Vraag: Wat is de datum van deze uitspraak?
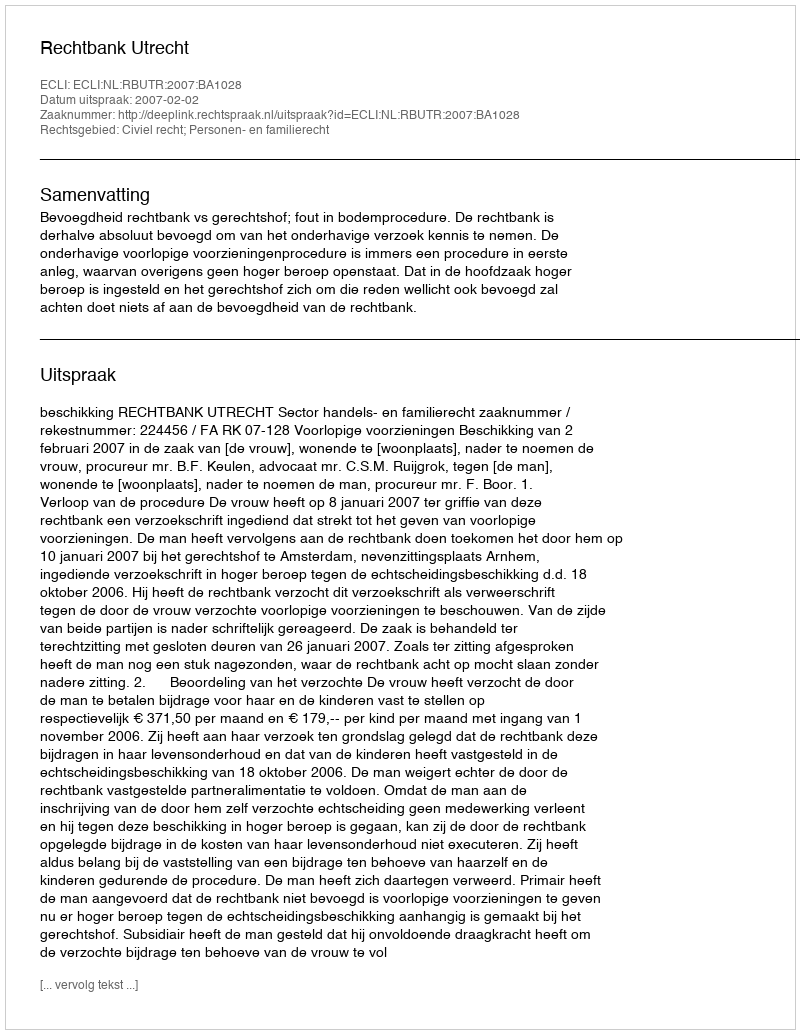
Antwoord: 2007-02-02